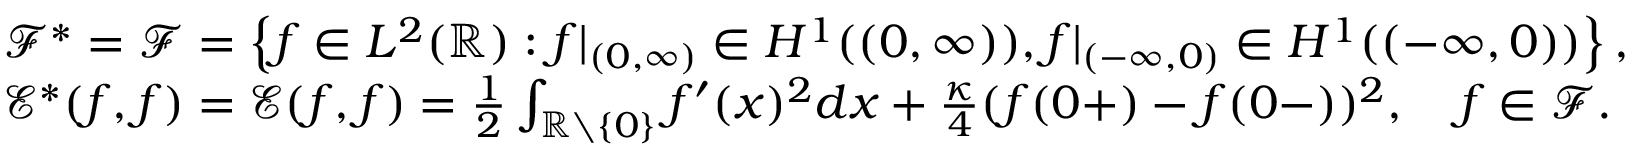
\begin{array} { r l } & { { \mathscr F } ^ { * } = { \mathscr F } = \left\{ f \in L ^ { 2 } ( { \mathbb R } ) : f | _ { ( 0 , \infty ) } \in H ^ { 1 } ( ( 0 , \infty ) ) , f | _ { ( - \infty , 0 ) } \in H ^ { 1 } ( ( - \infty , 0 ) ) \right\} , } \\ & { { \mathscr E } ^ { * } ( f , f ) = { \mathscr E } ( f , f ) = \frac { 1 } { 2 } \int _ { { \mathbb R } \setminus \{ 0 \} } f ^ { \prime } ( x ) ^ { 2 } d x + \frac { \kappa } { 4 } ( f ( 0 + ) - f ( 0 - ) ) ^ { 2 } , \quad f \in { \mathscr F } . } \end{array}